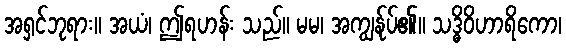
အရှင်ဘုရား။ အယံ၊ ဤရဟန်း သည်။ မမ၊ အကျွန်ုပ်၏။ သဒ္ဓိဝိဟာရိကော၊